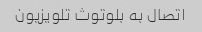
اتصال به بلوتوث تلویزیون